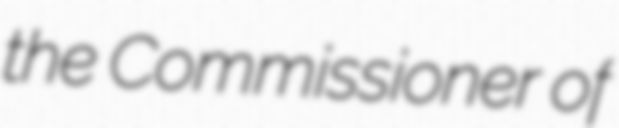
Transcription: the Commissioner of